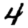
Digit: 4